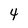
Character: 4